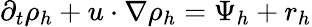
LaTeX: \partial_{t}\rho_{h}+u\cdot\nabla\rho_{h}=\Psi_{h}+r_{h}